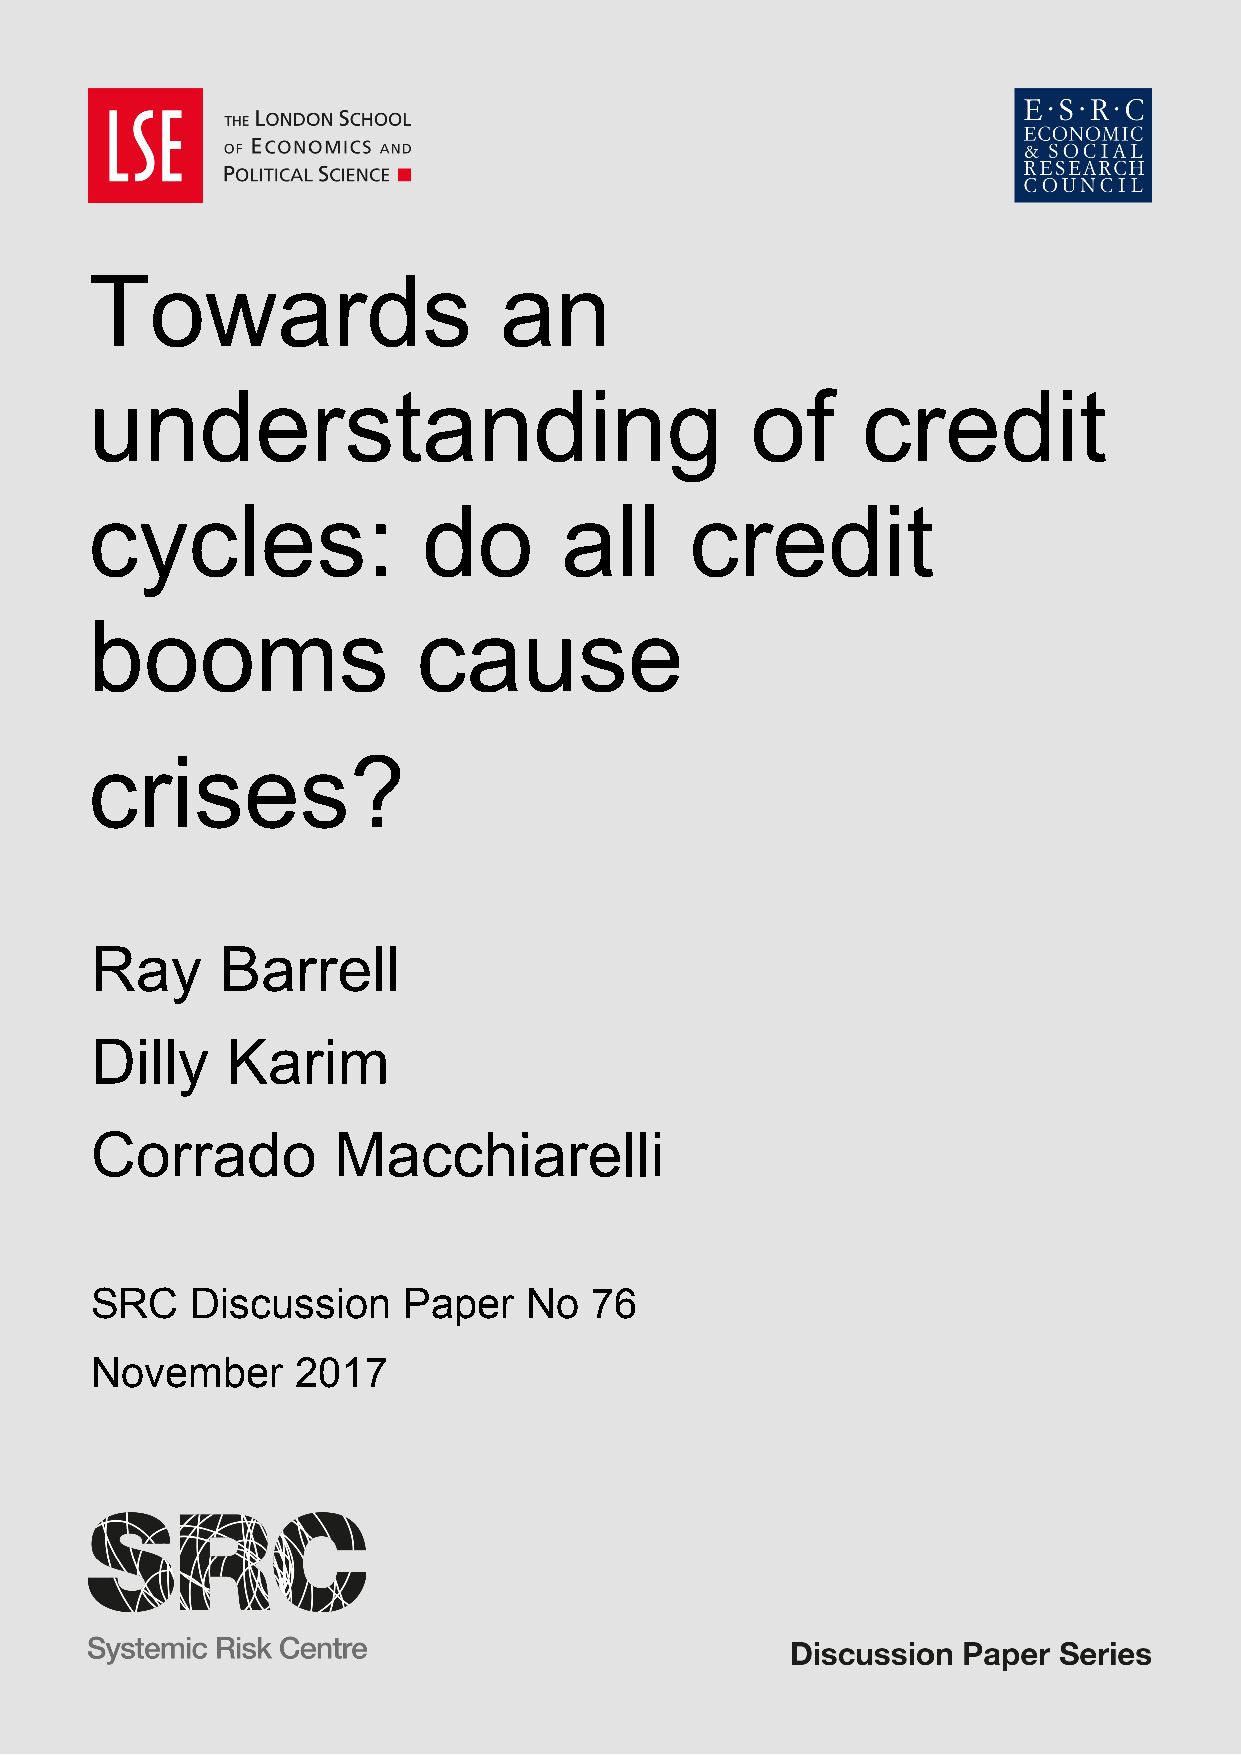
Towards                    an
 understanding                               of     credit
 cycles:               do       all      credit
 booms                 cause
 crises?
 Ray      Barrell
 Dilly    Karim
 Corrado         Macchiarelli
 SRC    Discussion    Paper   No  76
 November      2017